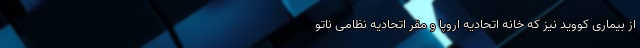
از بیماری کووید نیز که خانه اتحادیه اروپا و مقر اتحادیه نظامی ناتو